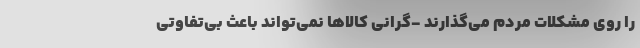
را روی مشکلات مردم می‌گذارند -گرانی کالاها نمی‌تواند باعث بی‌تفاوتی